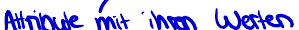
Attribute mit ihren Werten